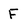
Character: F